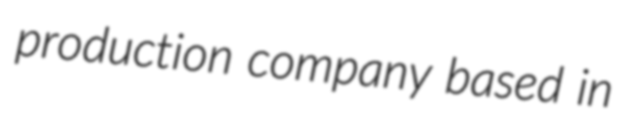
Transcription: production company based in